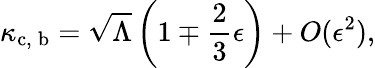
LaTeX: \kappa_{\mathrm{c,\: b}}=\sqrt{\Lambda}\left(1\mp\frac{2}{3}\epsilon\right)+O(\epsilon^{2}),